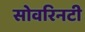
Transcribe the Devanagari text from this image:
सोवरिनटी